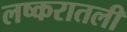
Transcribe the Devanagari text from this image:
लष्करातली